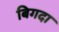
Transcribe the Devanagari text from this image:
बिगदा